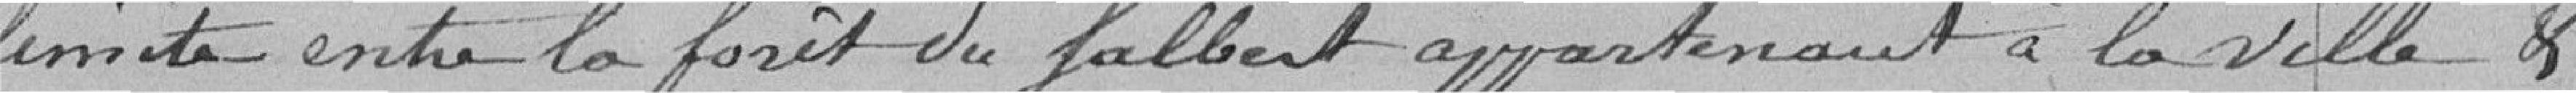
limite entre la forêt du Salbert appartenant à la Ville et